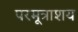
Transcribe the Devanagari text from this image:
परमूत्राशय